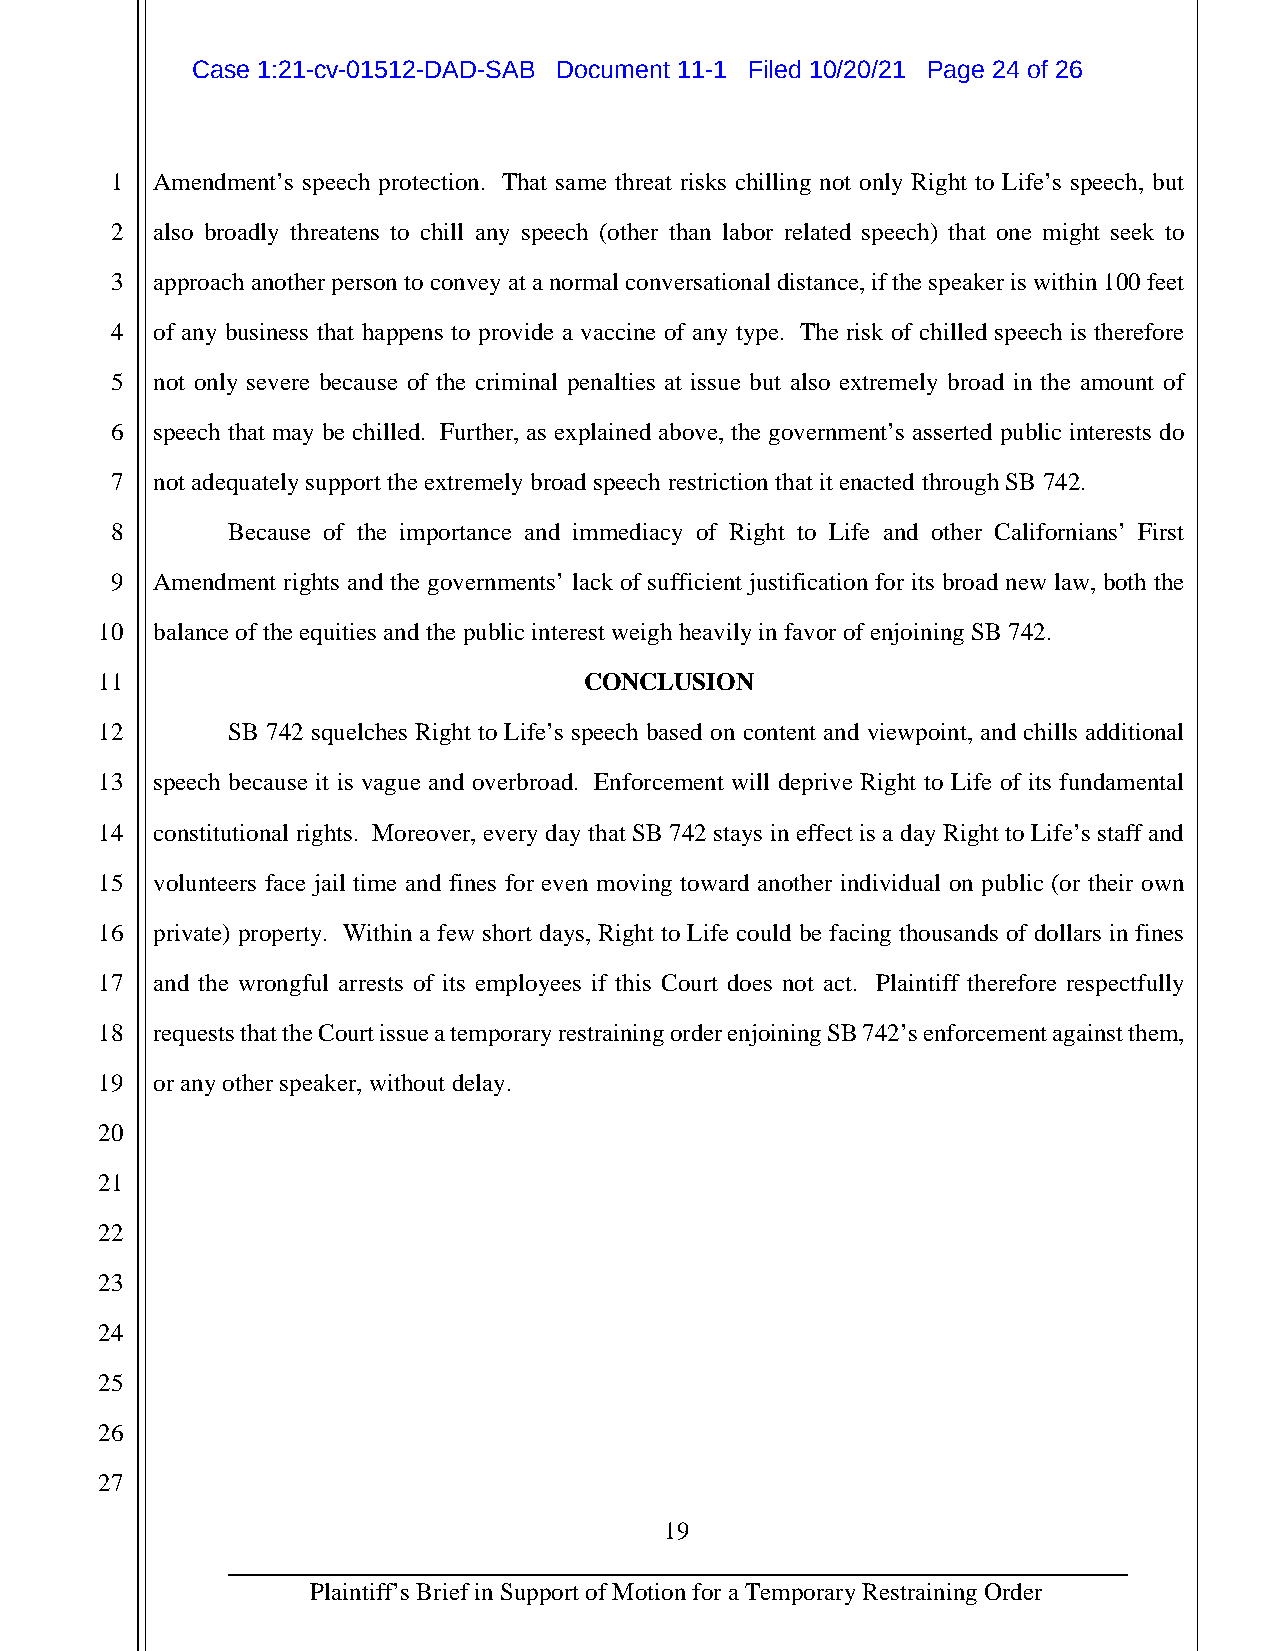
Case 1:21-cv-01512-DAD-SAB Document 11-1 Filed 10/20/21 Page 24 of 26
 1  Amendment’s speech protection. That same threat risks chilling not only Right to Life’s speech, but
 2  also broadly threatens to chill any speech (other than labor related speech) that one might seek to
 3  approach another person to convey at a normal conversational distance, if the speaker is within 100 feet
 4  of any business that happens to provide a vaccine of any type. The risk of chilled speech is therefore
 5  not only severe because of the criminal penalties at issue but also extremely broad in the amount of
 6  speech that may be chilled. Further, as explained above, the government’s asserted public interests do
 7  not adequately support the extremely broad speech restriction that it enacted through SB 742.
 8       Because of the importance and immediacy of Right to Life and other Californians’ First
 9  Amendment rights and the governments’ lack of sufficient justification for its broad new law, both the
 10  balance of the equities and the public interest weigh heavily in favor of enjoining SB 742.
 11                               CONCLUSION
 12       SB 742 squelches Right to Life’s speech based on content and viewpoint, and chills additional
 13  speech because it is vague and overbroad. Enforcement will deprive Right to Life of its fundamental
 14  constitutional rights. Moreover, every day that SB 742 stays in effect is a day Right to Life’s staff and
 15  volunteers face jail time and fines for even moving toward another individual on public (or their own
 16  private) property. Within a few short days, Right to Life could be facing thousands of dollars in fines
 17  and the wrongful arrests of its employees if this Court does not act. Plaintiff therefore respectfully
 18  requests that the Court issue a temporary restraining order enjoining SB 742’s enforcement against them,
 19  or any other speaker, without delay.
 20
 21
 22
 23
 24
 25
 26
 27
 19
 Plaintiff’s Brief in Support of Motion for a Temporary Restraining Order